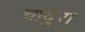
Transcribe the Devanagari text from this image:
चादुरा